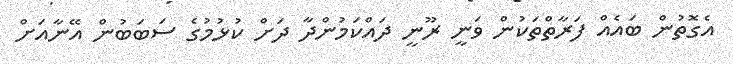
އެގޮތުން ބައެއް ފަރާތްތަކުން ވަނީ ރޫނީ ދައްކަމުންދާ ދަށް ކުޅުމުގެ ސަބަބުން އޭނާއަށް